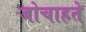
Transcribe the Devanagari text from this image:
जोचाहते